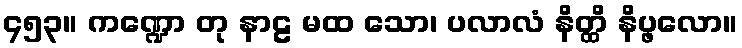
၄၅၃။ ကဏ္ဍော တု နာဠ မထ သော၊ ပလာလံ နိတ္ထိ နိပ္ဖလော။